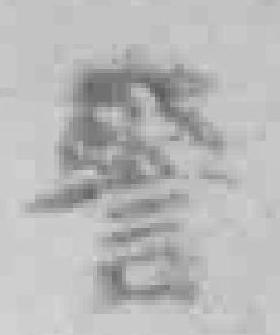
警